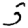
Digit: 5